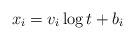
LaTeX: \begin{align*}x_i=v_i\log t+b_i\end{align*}